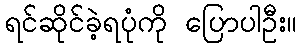
ရင်ဆိုင်ခဲ့ရပုံကို ပြောပါဦး။